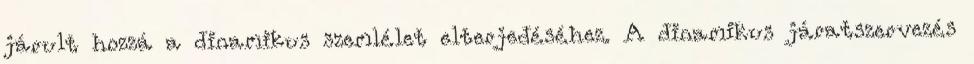
járult hozzá a dinamikus szemlélet elterjedéséhez. A dinamikus járatszervezés